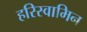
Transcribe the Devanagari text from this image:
हरिस्वामिन्